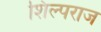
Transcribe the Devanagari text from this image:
शिल्पराज